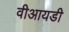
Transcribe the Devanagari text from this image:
वीआयडी